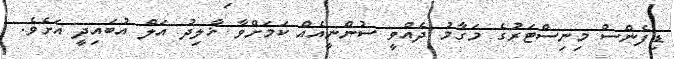
ޑިފެންސް މިނިސްޓަރުގެ މަގާމު ދެއްވީ ސުންނީއެއް ކަމަށްވާ ޚާލިދު އަލް އުބައިދީ އަށެވެ.